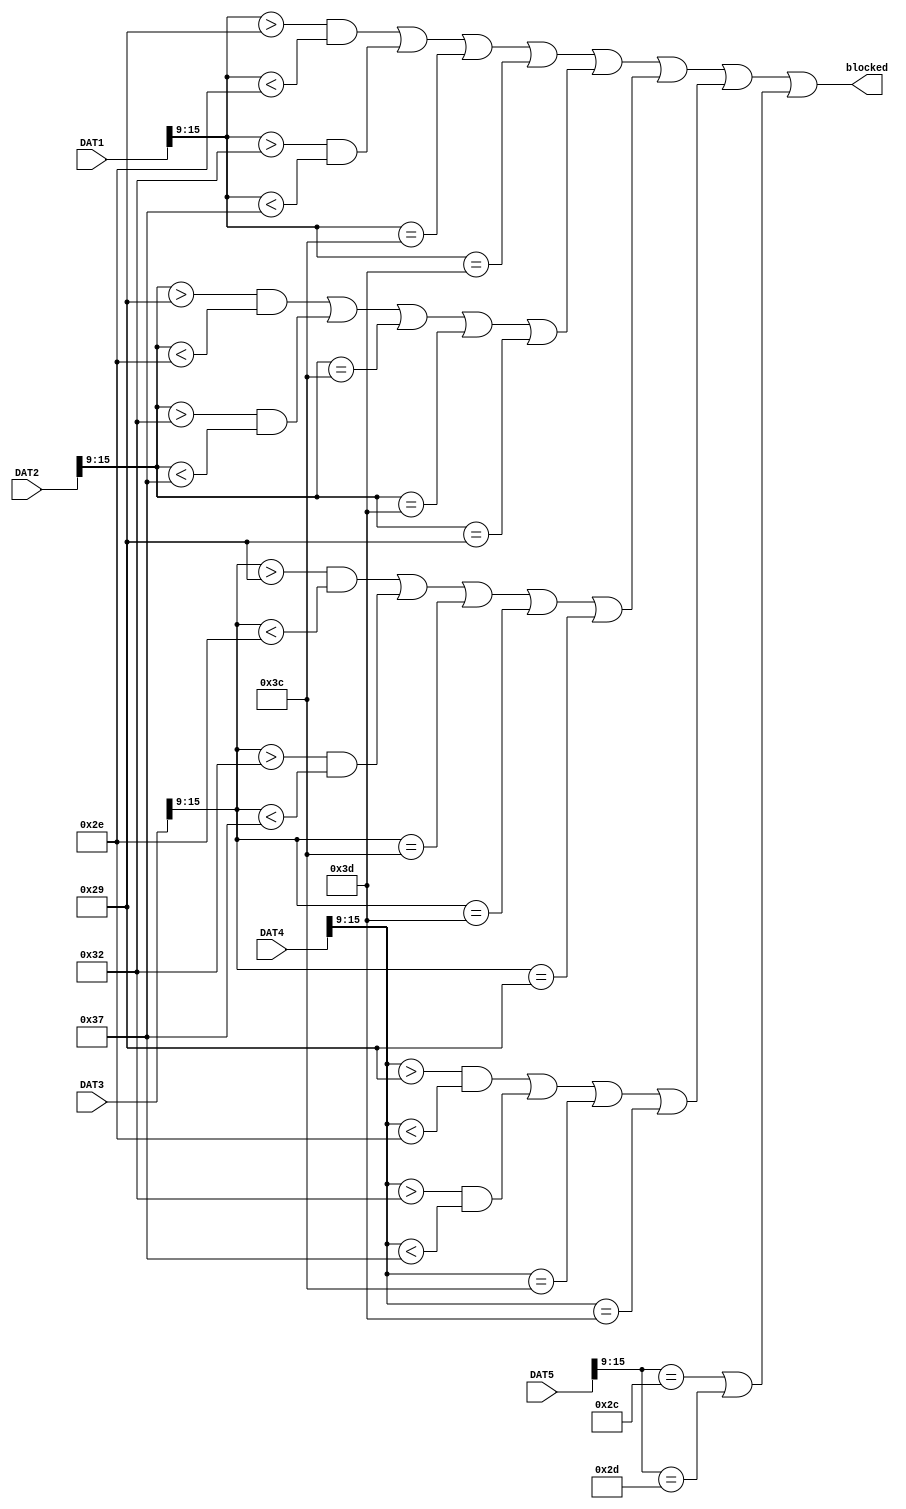
module pipeBlockedU(
  DAT1,
  DAT2,
  DAT3,
  DAT4,
  DAT5,
  blocked
  );
input [15:0] DAT1;
input [15:0] DAT2;
input [15:0] DAT3;
input [15:0] DAT4;
input [15:0] DAT5;
output blocked;
wire [6:0] o1;
wire [6:0] o2;
wire [6:0] o3;
wire [6:0] o4;
wire [6:0] o5;
assign o1=DAT1[15:9];
assign o2=DAT2[15:9];
assign o3=DAT3[15:9];
assign o4=DAT4[15:9];
assign o5=DAT5[15:9];
wire blocked1, blocked2, blocked3, blocked4, blocked5;
assign blocked1=(o1>41 && o1<46) || (o1>50 && o1<55) || o1==60 || o1==61;
assign blocked2=(o2>41 && o2<46) || (o2>50 && o2<55) || o2==60 || o2==61 || o2==41; 
assign blocked3=(o3>41 && o3<46) || (o3>50 && o3<55) || o3==60 || o3==61 || o3==41;
assign blocked4=(o4>41 && o4<46) || (o4>50 && o4<55) || o4==60 || o4==61;
assign blocked5=(o5==44 || o5==45);
assign blocked=blocked1||blocked2||blocked3||blocked4||blocked5;
endmodule